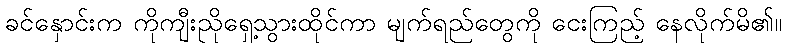
ခင်နှောင်းက ကိုကျီးညိုရှေ့သွားထိုင်ကာ မျက်ရည်တွေကို ငေးကြည့် နေလိုက်မိ၏။